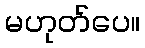
မဟုတ်ပေ။